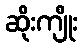
ဆိုးကျိုး